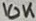
Text: 10K